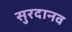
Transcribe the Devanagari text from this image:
सुरदानव